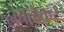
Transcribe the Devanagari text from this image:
लबळेकर